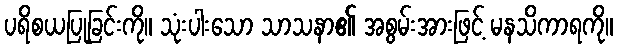
ပရိစယပြုခြင်းကို။ သုံးပါးသော သာသနာ၏ အစွမ်းအားဖြင့် မနသိကာရကို။